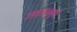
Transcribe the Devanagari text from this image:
उपालंभपूर्ण